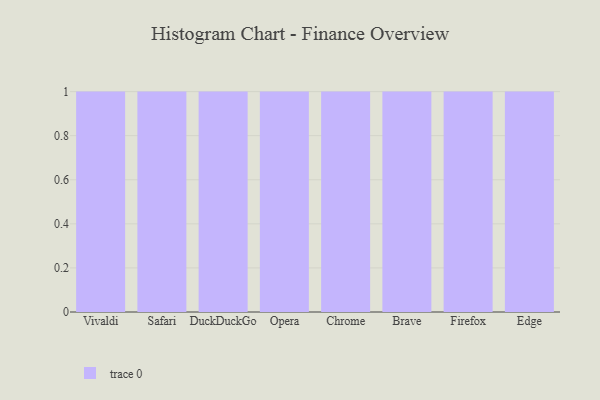
{"axis": {"x": "Browser", "y": "Net Income (USD K)"}, "legend": [""], "data": [{"x": "Vivaldi", "y": 52, "type": ""}, {"x": "Safari", "y": 19, "type": ""}, {"x": "DuckDuckGo", "y": 25, "type": ""}, {"x": "Opera", "y": 86, "type": ""}, {"x": "Chrome", "y": 35, "type": ""}, {"x": "Brave", "y": 32, "type": ""}, {"x": "Firefox", "y": 91, "type": ""}, {"x": "Edge", "y": 58, "type": ""}]}